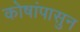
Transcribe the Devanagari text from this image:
कोषांपासुन